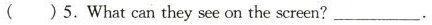
( )5.What can they see on the screen? ___ .